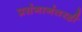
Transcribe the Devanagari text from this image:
प्रसंगानंतरही